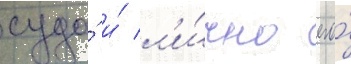
суда́ и́ л'и́чно его́